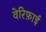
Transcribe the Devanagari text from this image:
वेरिफ़ाई